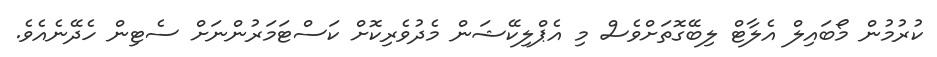
ކުރުމުން މޯބައިލް އެލާޓް ލިބޭގޮތަށްވެސް މި އެޕްލިކޭޝަން މެދުވެރިކޮށް ކަސްޓަމަރުންނަށް ސެޓިން ހެދޭނެއެވެ.